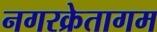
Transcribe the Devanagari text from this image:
नगरक्रेतागम